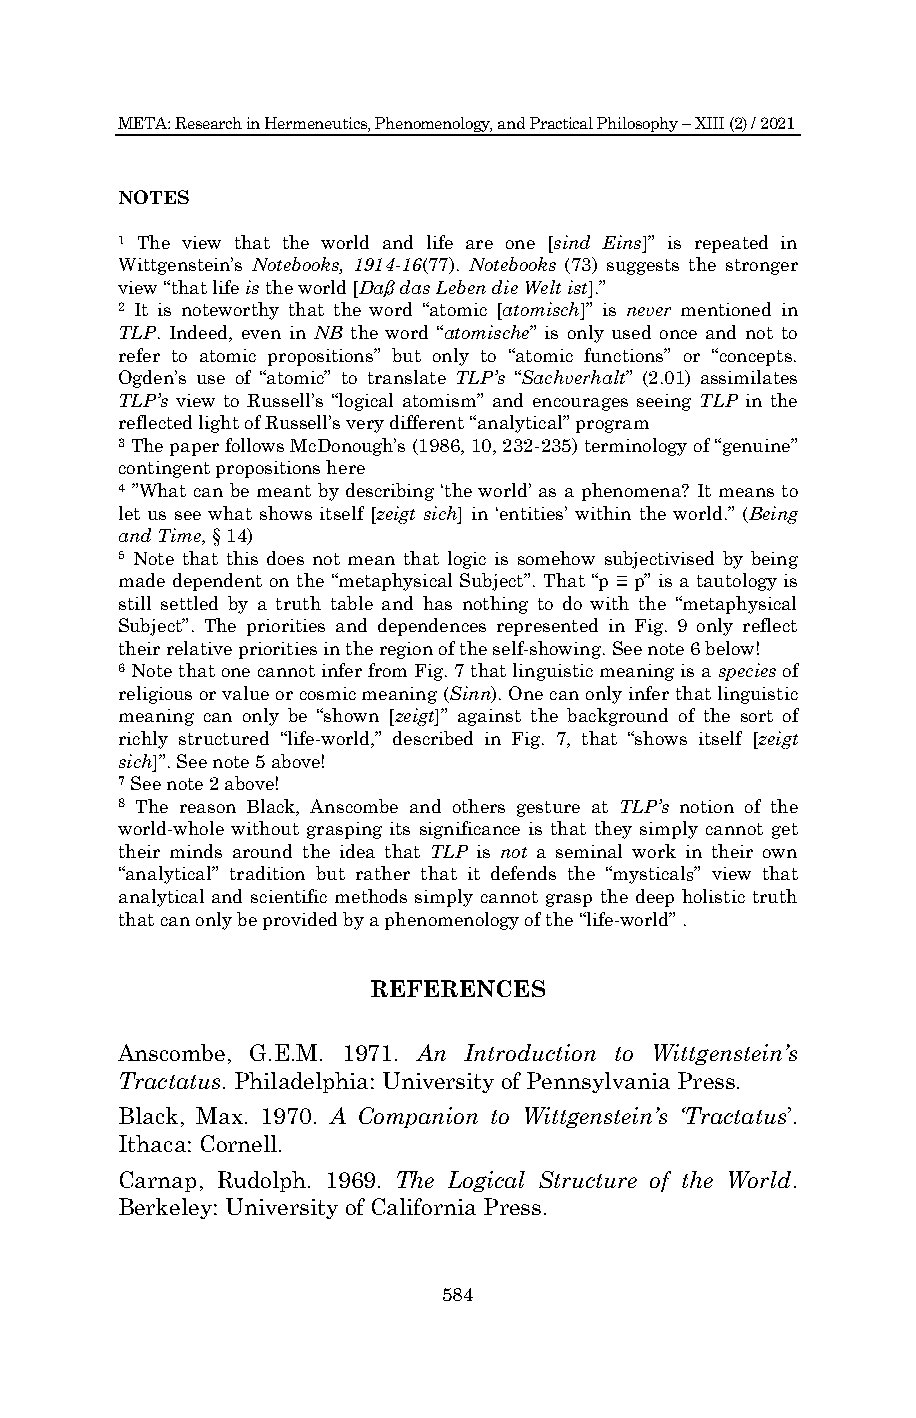
META: Research in Hermeneutics, Phenomenology, and Practical Philosophy – XIII (2) / 2021
 NOTES
 1 The view that the world and life are one [sind Eins]” is repeated in
 Wittgenstein’s Notebooks, 1914-16(77). Notebooks (73) suggests the stronger
 view “that life is the world [Daß das Leben die Welt ist].”
 2 It is noteworthy that the word “atomic [atomisch]” is never mentioned in
 TLP. Indeed, even in NB the word “atomische” is only used once and not to
 refer to atomic propositions” but only to “atomic functions” or “concepts.
 Ogden’s use of “atomic” to translate TLP’s “Sachverhalt” (2.01) assimilates
 TLP’s view to Russell’s “logical atomism” and encourages seeing TLP in the
 reflected light of Russell’s very different “analytical” program
 3 The paper follows McDonough’s (1986, 10, 232-235) terminology of “genuine”
 contingent propositions here
 4 ”What can be meant by describing ‘the world’ as a phenomena? It means to
 let us see what shows itself [zeigt sich] in ‘entities’ within the world.” (Being
 and Time, § 14)
 5 Note that this does not mean that logic is somehow subjectivised by being
 made dependent on the “metaphysical Subject”. That “p ≡ p” is a tautology is
 still settled by a truth table and has nothing to do with the “metaphysical
 Subject”. The priorities and dependences represented in Fig. 9 only reflect
 their relative priorities in the region of the self-showing. See note 6 below!
 6 Note that one cannot infer from Fig. 7 that linguistic meaning is a species of
 religious or value or cosmic meaning (Sinn). One can only infer that linguistic
 meaning can only be “shown [zeigt]” against the background of the sort of
 richly structured “life-world,” described in Fig. 7, that “shows itself [zeigt
 sich]”. See note 5 above!
 7 See note 2 above!
 8 The reason Black, Anscombe and others gesture at TLP’s notion of the
 world-whole without grasping its significance is that they simply cannot get
 their minds around the idea that TLP is not a seminal work in their own
 “analytical” tradition but rather that it defends the “mysticalS” view that
 analytical and scientific methods simply cannot grasp the deep holistic truth
 that can only be provided by a phenomenology of the “life-world” .
 REFERENCES
 Anscombe, G.E.M. 1971. An Introduction to Wittgenstein’s
 Tractatus. Philadelphia: University of Pennsylvania Press.
 Black, Max. 1970. A Companion to Wittgenstein’s ‘Tractatus’.
 Ithaca: Cornell.
 Carnap, Rudolph. 1969. The Logical Structure of the World.
 Berkeley: University of California Press.
 584